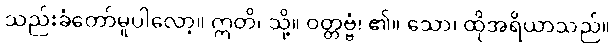
သည်းခံတော်မူပါလော့။ ဣတိ၊ သို့။ ဝတ္တဗ္ဗံ၊ ၏။ သော၊ ထိုအရိယာသည်။